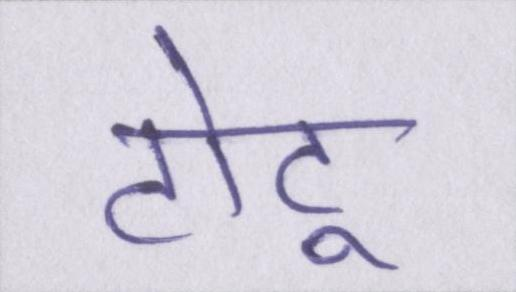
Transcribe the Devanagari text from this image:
टोटू